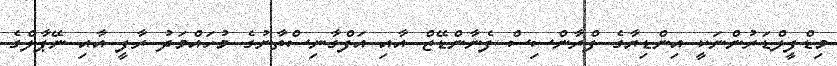
މިޑްފީލްޑަރުންނަކީ އިންޑިޔާގެ ފްރާންސިސް ފެނާންޑޭޒް އާއި އަފްގާނިސްތާނުގެ މުހައްމަދު ރާފީ އާއި ނޭޕާލްގެ